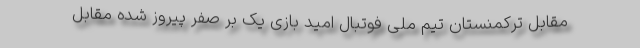
مقابل ترکمنستان تیم ملی فوتبال امید بازی یک بر صفر پیروز شده مقابل